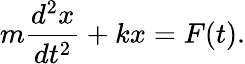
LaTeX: m{\frac{d^{2}x}{dt^{2}}}+kx=F(t).